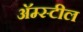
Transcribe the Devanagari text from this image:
अॅम्स्टील